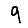
Digit: 9